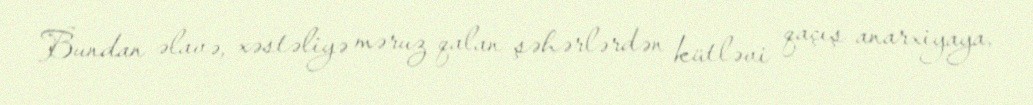
Bundan əlavə, xəstəliyə məruz qalan şəhərlərdən kütləvi qaçış anarxiyaya,